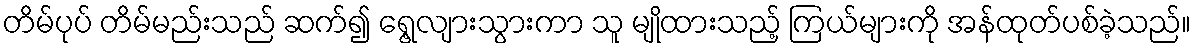
တိမ်ပုပ် တိမ်မည်းသည် ဆက်၍ ရွေ့လျားသွားကာ သူ မျိုထားသည့် ကြယ်များကို အန်ထုတ်ပစ်ခဲ့သည်။